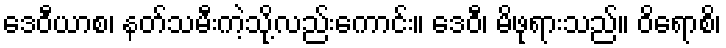
ဒေဝီယာစ၊ နတ်သမီးကဲ့သို့လည်းကောင်း။ ဒေဝီ၊ မိဖုရားသည်။ ဝိရောစိ၊